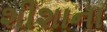
શીશાના